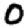
Digit: 0